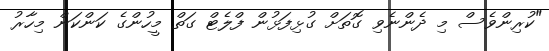
"ކުރިންވެސް މި ދެންނެވި ގޮތަށް ގުޅިފަޅުން ފްލެޓް ގަތް މީހުންގެ ކަންކަން މިހާރު